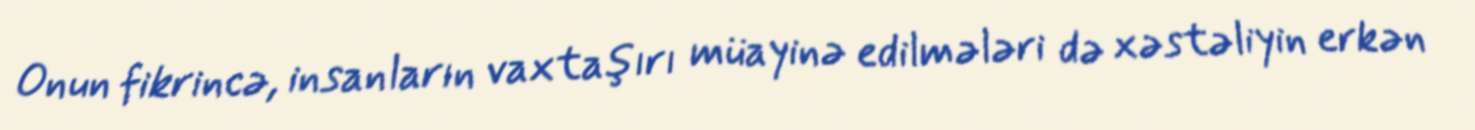
Onun fikrincə, insanların vaxtaşırı müayinə edilmələri də xəstəliyin erkən